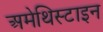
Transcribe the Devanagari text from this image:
अमेथिस्टाइन